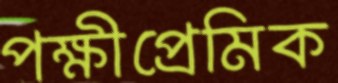
পক্ষীপ্রেমিক